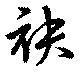
袂